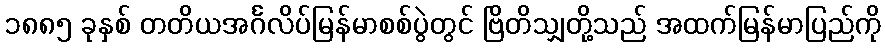
၁၈၈၅ ခုနှစ် တတိယအင်္ဂလိပ်မြန်မာစစ်ပွဲတွင် ဗြိတိသျှတို့သည် အထက်မြန်မာပြည်ကို